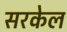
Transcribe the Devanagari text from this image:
सरकेल